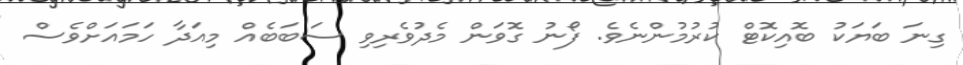
ގިނަ ބަޔަކު ބޮއިކޮޓް ކުރުމުންނެވެ. ފޯނު ގޮވަން މެދުވެރިވި ސަބަބެއް މިއަދާ ހަމައަށްވެސް